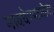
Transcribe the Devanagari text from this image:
नावघेण्याजोगा